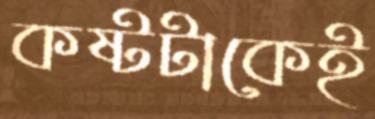
কষ্টটাকেই